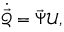
\dot { \vec { \mathcal { Q } } } = \vec { \Psi } \boldsymbol { \mathcal U } ,